Vaccination in the Punjab 1883-1896 - 1883-1896
Year: 1883
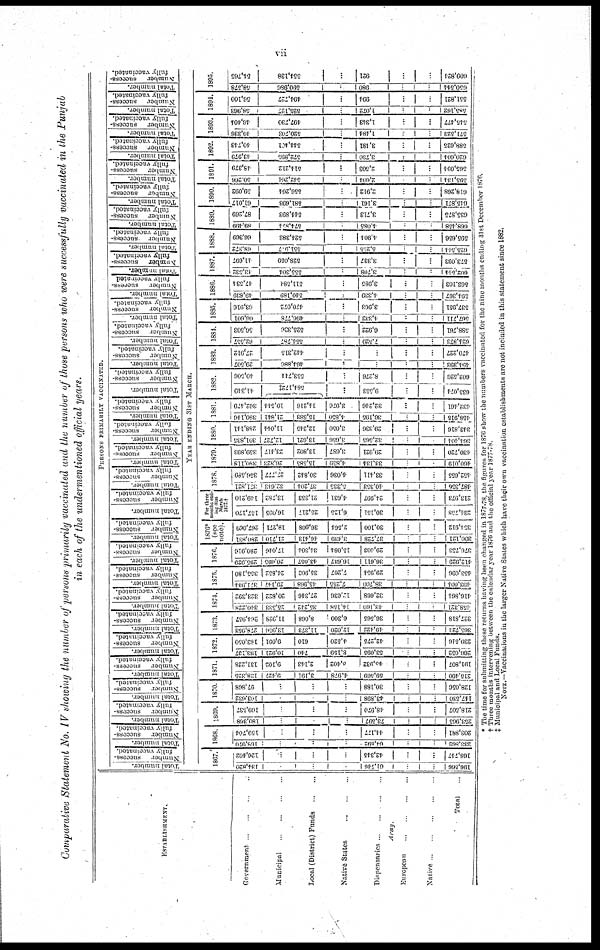
vii
Comparative Statement No. IV showing the number of persons primarily vaccinated and the number of those persons who were successfully vaccinated in the Punjab
in each of the undermentioned official years.
PERSONS PRIMARILY VACCINATED.
ESTABLISHMENT.
Government ... ... ... ...
Municipal
...
...
...
...
Local (District) Funds
...
...
Native States ... ... ... ...
Dispensaries ... ... ... ...
Army.
European ... ... ... ... ...
Native ... ... ... ... ...
Total ...
Total number.
Number
success-
fully vaccinated.
Total number.
Number
success-
fully vaccinated.
Total number.
Number
success-
fully vaccinated.
Total number.
Number
success-
fully vaccinated.
Total number.
Number
success-
fully vaccinated.
Total number.
Number
success-
fully vaccinated.
Total number.
Number
success-
fully vaccinated.
Total number.
Number
success-
fully vaccinated.
Total number.
Number
success-
fully vaccinated.
Total number.
Number
success-
fully vaccinated.
Total number.
Number
success-
fully vaccinated.
Total number.
Number
success-
fully vaccinated.
Total
number.
Number
success-
fully vaccinated.
Total number.
Number
success-
fully vaccinated.
Total number.
Number
success-
fully vaccinated.
Total number.
Number
success-
fully vaccinated.
Total number.
Number
success-
fully vaccinated.
Total number.
Number
success-
fully vaccinated.
Total number.
Number
success-
fully vaccinated.
Total number.
Number
success-
fully vaccinated.
Total number.
Number
success-
fully vaccinated
Total number.
Number
success¬
fully
vaccinated.
Total
number.
YEAR ENDING 31ST MARCH.
1867.
134,820
...
...
...
61,746
...
...
196,566
126,402
...
...
...
42,345
...
...
168,747
1868.
168,970
...
...
...
64,892
...
...
233,862
159,704
...
...
...
44,177
...
...
203,881
1869.
180,368
...
...
"
73,597
...
...
253,905
169,537
...
...
48,970
...
...
218,507
1870.
103,632
...
...
43,898
...
...
147,530
97,868
...
...
...
30,188
...
...
128,056
1871.
138,325
9,427
3,191
4,978
59,569
...
...
215,490
131,228
9,102
2,143
3,402
45,932
...
...
191,807
1872.
193,137
10,921
740
8,159
53,095
...
...
266,052
183,050
9,091
610
4,520
42,275
...
...
239,546
1873.
278,953
13,956
11,373
12,020
49,422
...
...
365,724
264,957
11,028
8,068
6,300
36,565
...
...
327,818
1874.
340,228
25,533
35,242
14,158
43,160
...
...
458,321
323,392
20,822
27,346
12,636
32,668
...
...
416,864
1875.
371,934
20,147
45,968
7,255
38,700
...
...
493,004
355,180
24,852
35,903
7,207
29,954
...
...
453,096
1876.
295,929
20,695
43,057
16,637
36,611
...
...
412,929
280,916
17,046
34,304
15,084
29,403
...
...
376,753
1876*
(see
note).
280,831
21,710
46,413
3,439
37,728
...
...
390,121
267,069
18,271
36,908
2,564
30,100
...
...
354,912
For three
months end¬
ing 31st
March
1877.†
157,170
16,095
25,217
6,125
30,151
...
...
234,758
149,210
13,782
21,353
4,631
24,997
...
...
213,973
1878.
371,821
32,643
37,204
5,335
40,353
...
...
487,356
356,589
27,777
30,842
4,036
33,411
...
...
452,655
1879.
380,118
26,323
15,585
4,859
33,134
...
...
460,019
359,893
23,417
13,802
3,687
29,921
...
...
430,720
1880.
301,835
12,727
13,621
3,656
32,565
...
...
364,404
288,141
11,044
12,245
3,050
29,336
...
...
343,816
1881.
380,146
21,841
15,883
4,850
36,195
...
...
458,915
362,479
19,544
14,216
3,976
32,246
...
...
432,461
1882.
41,349
584,172‡
9,553
...
...
635,074
40,506
553,744
8,276
...
...
602,526
1883.
29,507|
464,886
...
...
...
...
404,393
27,912
442,315
...
...
...
...
470,227
1884.
62,557
554,787
7,529
...
...
624,873
56,503
525,336
...
6,922
...
...
588,761
1885.
86,601
496,778
...
4,332
...
...
567,711
63,916
470,072
...
3,963
...
...
537,951
1886.
49,839
540,189
...
4,339
...
...
594,367
47,534
511,584
...
3,085
...
...
563.103
1887.
43,532
555,304
...
3,708
...
...
602,544
41,697
528,059
...
3,337
...
...
573,093
Number
success-
fully vaccinated.
Total number.
Number
success¬
fully
vaccinated.
Total number.
Number
success-
fully vaccinated.
Total number.
Number
success-
fully vaccinated.
Total number.
Number
success-
fully vaccinated.
Total number.
Number
success-
fully vaccinated.
Total number.
Number
success-
fully vaccinated.
Total number.
Number
success-
fully vaccinated.
1888.
68,372
551.917
...
5,255
...
...
625,544
66,369
524,383
...
4,904
...
...
595,656
1889.
89,499
574,874
...
4,085
...
...
668,458
87,269
544,893
...
3,713
...
...
635,875
1890.
61,017
581,693
...
3,161
...
...
615,871
59,092
556,264
...
2,912
...
...
618,268
1891.
50,266
542,264
...
2,604
...
...
595,134
48,379
514,212
...
2,503
...
...
565,094
1892.
43,979
572,895
...
3,730
...
...
620,604
40,743
544,401
...
3,481
...
...
588,625
1893.
49,336
520,703
...
1,484
...
...
571,523
46,404
497,730
...
1,343
...
...
545,477
1894.
58,963
525,127
...
1,072
...
...
585,162
56,100
494,727
...
994
...
...
551,821
1895.
58,578
590,980
...
980
...
...
650,544
54,765
554,138
...
921
...
...
609,824
* The time for submitting these returns having been changed in 1877-78, the figures for 1876 show the numbers vaccinated for the nine months ending 31st December 1876.
† Three months intervening between the calendar year 1876 and the official year 1877-78.
‡ Municipal and Local Funds.
NOTE.—Vaccinations in the larger Native States which have their own vaccination establishments are not included in this statement since 1882.